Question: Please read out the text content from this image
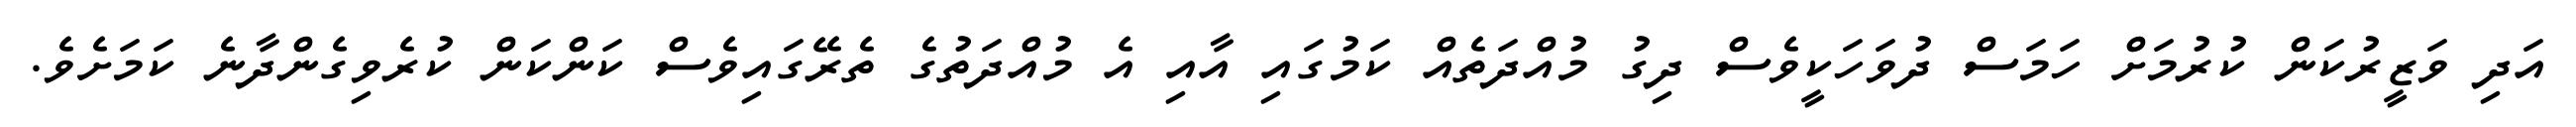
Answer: އަދި ވަޒީރުކަން ކުރުމަށް ހަމަސް ދުވަހަކީވެސް ދިގު މުއްދަތެއް ކަމުގައި އާއި އެ މުއްދަތުގެ ތެރޭގައިވެސް ކަންކަން ކުރެވިގެންދާނެ ކަމަށެވެ.